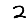
Digit: 2